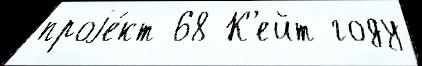
проjе́кт 68 К'ейт году